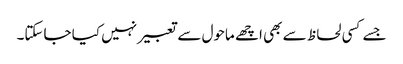
جسے کسی لحاظ سے بھی اچھے ماحول سے تعبیر نہیں کیا جاسکتا۔